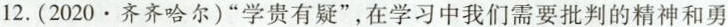
12.(2020·齐齐哈尔)”学贵有疑”，在学习中我们需要批判的精神和勇